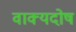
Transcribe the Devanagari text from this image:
वाक्यदोष